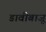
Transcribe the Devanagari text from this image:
डावीबाजू